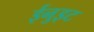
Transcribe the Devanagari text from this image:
ईनुइट